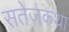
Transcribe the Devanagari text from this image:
सतेजकथा